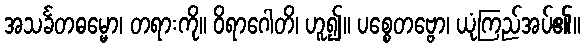
အသင်္ခတဓမ္မော၊ တရားကို။ ဝိရာဂေါတိ၊ ဟူ၍။ ပစ္စေတဗ္ဗော၊ ယုံကြည်အပ်၏။